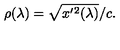
\rho ( \lambda ) = \sqrt { x ^ { \prime } { } ^ { 2 } ( \lambda ) } / c .